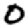
Digit: 0